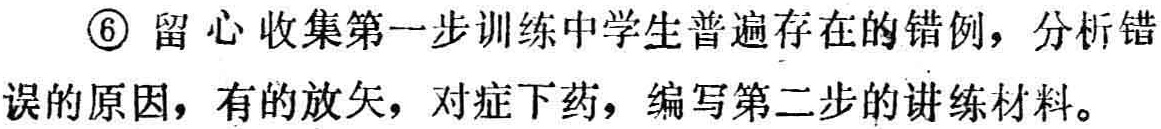
\textcircled{6} 留心收集第一步训练中学生普遍存在的错例，分析错误的原因，有的放矢，对症下药，编写第二步的讲练材料。